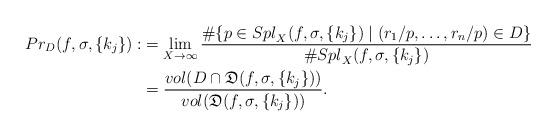
LaTeX: \begin{align*}{Pr}_D(f,\sigma,\{k_j\}):&=\lim_{X\to\infty}\displaystyle\frac{\#\{p\in {Spl}_X(f,\sigma,\{k_j\}) \mid (r_1/p,\dots,r_n/p)\in D\}}{\#{Spl}_X(f,\sigma,\{k_j\})}\\&=\displaystyle\frac{ {vol}( {D}\cap{\mathfrak{D}}(f,\sigma,\{k_j\}))}{{vol}({\mathfrak{D}}(f,\sigma,\{k_j\}))}.\end{align*}